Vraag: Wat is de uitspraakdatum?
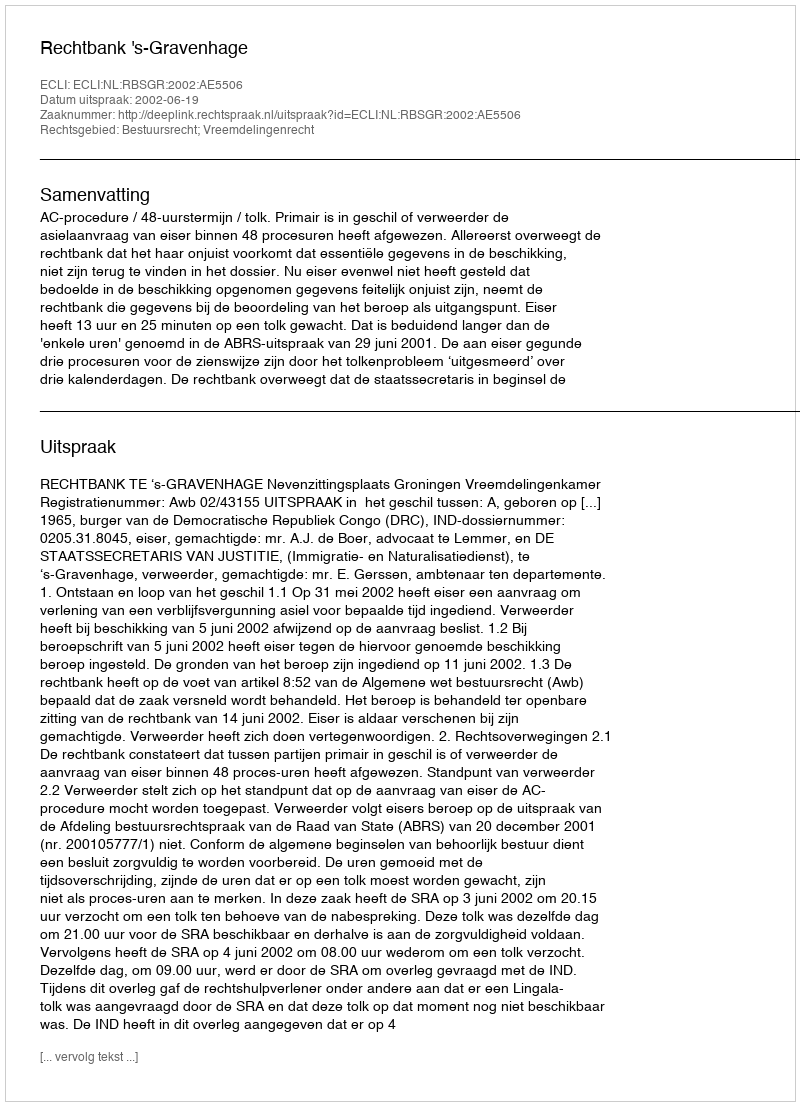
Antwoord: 2002-06-19